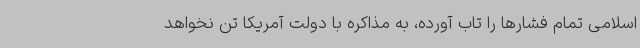
اسلامی تمام فشارها را تاب آورده، به مذاکره با دولت آمریکا تن نخواهد